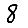
Digit: 8